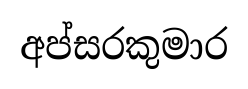
අප්සරකුමාර